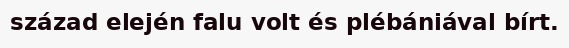
század elején falu volt és plébániával bírt.